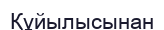
Құйылысынан